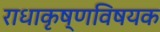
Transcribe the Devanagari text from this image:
राधाकृष्णविषयक